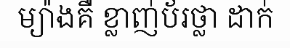
ម្យ៉ាងគឺ ខ្លាញ់ប័រថ្លា ដាក់